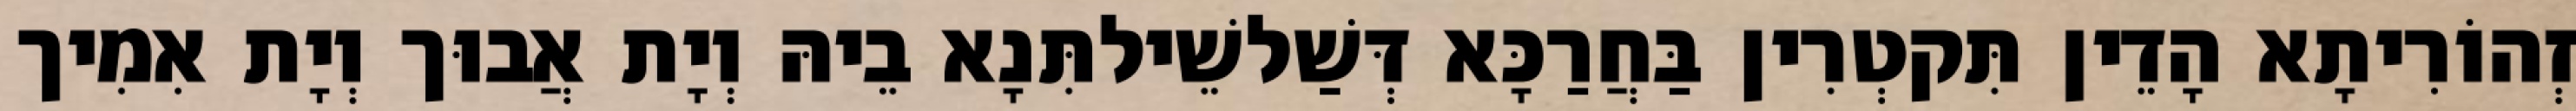
זְהוֹרִיתָא הָדֵין תִּקטְרִין בַּחֲרַכָּא דְּשַׁלשֵׁילתִּנָא בֵיהּ וְיָת אֲבוּך וְיָת אִמִיך